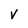
Character: v